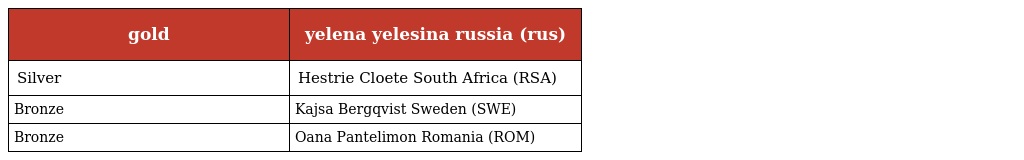
| gold | yelena yelesina russia (rus) |
 | --- | --- |
 | Silver | Hestrie Cloete South Africa (RSA) |
 | Bronze | Kajsa Bergqvist Sweden (SWE) |
 | Bronze | Oana Pantelimon Romania (ROM) |